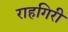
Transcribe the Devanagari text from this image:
राहगिरी